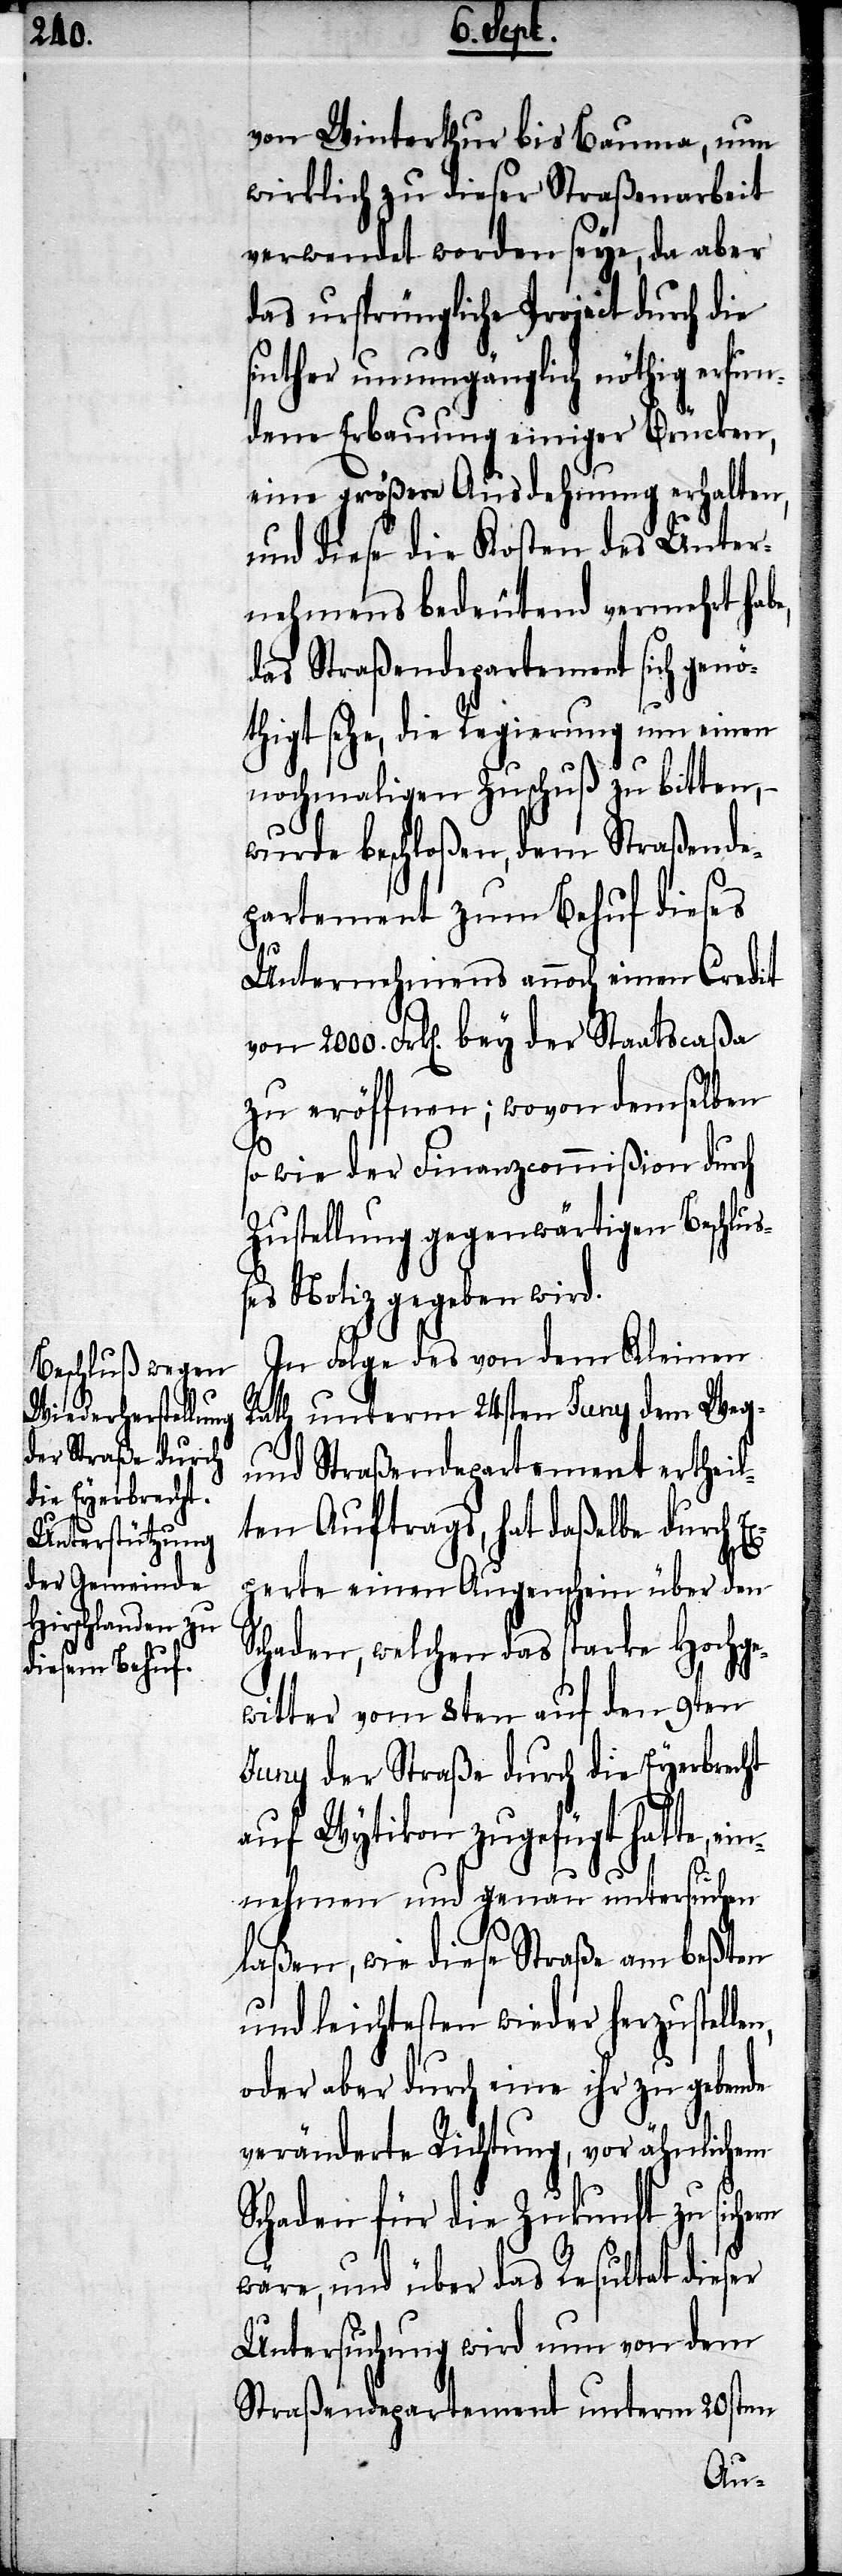
2000.

von Winterthur bis Bauma, nun
wirklich zu dieser Straßenarbeit
verwendet worden seye, da aber
das ursprüngliche Project durch die
seither unumgänglich nöthig erfun¬
dene Erbauung einiger Brücken,
eine größere Ausdehnung erhalten,
und diese die Kosten des Unter¬
nehmens bedeutend vermehrt habe,
das Straßendepartement sich genö¬
thigt sehe, die Regierung um einen
nochmaligen Zuschuß zu bitten, –
wurde beschloßen, dem Straßende¬
partement zum Behuf dieses
Unternehmens auch einen Credit
zu eröffnen; wovon demselben
so wie der Finanzcommißion durch
Zustellung gegenwärtigen Beschluß¬
es Notiz gegeben wird.
In Folge des von dem Kleinen
Rath unterm 24sten Juny dem Weg-
und Straßendepartement ertheil¬
ten Auftrags, hat daßelbe durch Ex¬
perte einen Augenschein über den
Schaden, welchen das starke Hochge¬
witter vom 8ten auf den 9ten
Juny der Straße durch die Eyerbrecht
auf Wytikon zugefügt hatte, e¬
innehmen und genau untersuchen
laßen, wie diese Straße am beßten
und leichtesten wieder herzustelle¬
oder aber durch eine ihr zu gebende
veränderte Richtung, vor ähnlichem
Schaden für die Zukunft zu sichern
wäre, und über das Resultat dieser
Untersuchung wird nun von dem
Straßendepartement unterm 20sten
n,